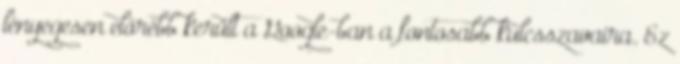
lényegesen előrébb került a Google-ban a fontosabb kulcsszavaira. Ez